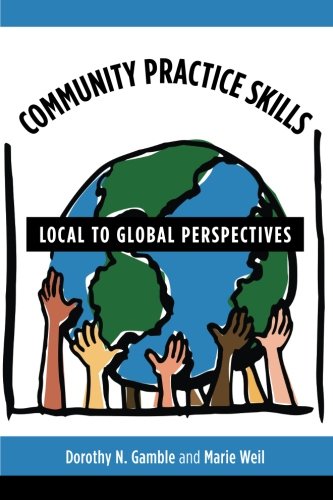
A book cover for Community Practice Skills: Local to Global Perspectives; Dorothy N Gamble; Business & Money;